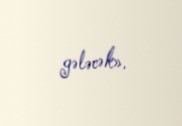
gələcək».